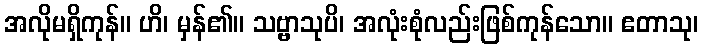
အလိုမရှိကုန်။ ဟိ၊ မှန်၏။ သဗ္ဗာသုပိ၊ အလုံးစုံလည်းဖြစ်ကုန်သော။ ဧတာသု၊